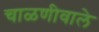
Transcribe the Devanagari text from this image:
चाळणीवाले